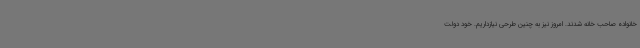
خانواده صاحب خانه شدند. امروز نیز به چنین طرحی نیازداریم. خود دولت